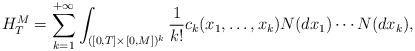
LaTeX: \begin{align*}H_T^M = \sum_{k=1}^{+\infty} \int_{([0,T]\times[0,M])^k} \frac{1}{k!} c_k(x_1,\ldots,x_k) N(dx_1) \cdots N(dx_k),\end{align*}